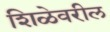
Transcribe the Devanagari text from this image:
शिळेवरील